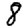
Digit: 8